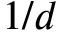
1 / d